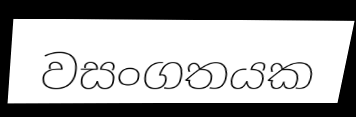
වසංගතයක